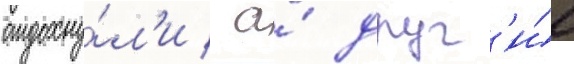
отдохну́л'и / а́ друг'и́е